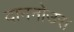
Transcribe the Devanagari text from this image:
दाननोउरा